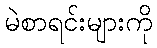
မဲစာရင်းများကို